Lunatic asylums Central Provinces reports 1886-1894 - 1886-1894
Year: 1886
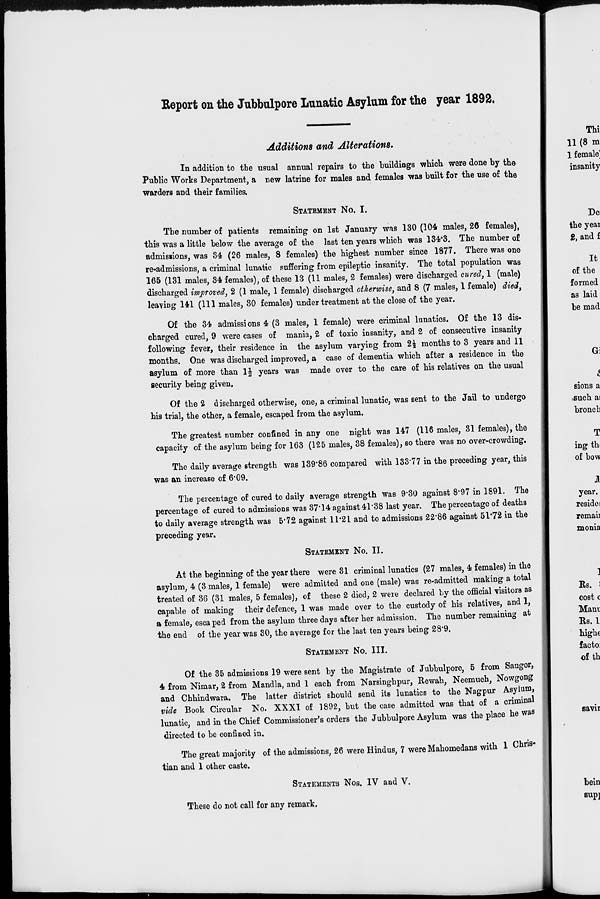
Report on the Jubbulpore Lunatic Asylum for the year 1892.
Additions and Alterations.
In addition to the usual annual repairs to the buildings which were done by the
Public Works Department, a few latrine for males and females was built for the use of the
warders and their families.
STATEMENT No. I.
The number of patients remaining of 1st January was 130 (104 males, 26 females),
this was a little below the average of the last ten years which was 134.3. The number of
admissions, was 34 (26 males, 8 females) the highest number since 1877. There was one
re-admissions, a criminal lunatic suffering from epileptic insanity. The total population was
165 (131 males, 34 females), of these 13 (11 males, 2 females) were discharged cured, 1 (male)
discharged improved, 2 (1 male, 1 female) discharged otherwise, and 8 (7 males, 1 female) died,
leaving 141 (111 males, 30 females) under treatment at the close of the year.
Of the 34 admissions 4 (3 males, 1 female) were criminal lunatics. Of the 13 dis-
charged cured, 9 were cases of mania, 2 of toxic insanity, and 2 of consecutive insanity
following fever, their residence in the asylum varying from 2½ months to 3 years and 11
months. One was discharged improved, a case of dementia which after a residence in the
asylum of more than 1½ years was made over to the care of his relatives on the usual
security being given.
Of the 2 discharged otherwise, one, a criminal lunatic, was sent to the Jail to undergo
his trial, the other, a female, escaped from the asylum.
The greatest number confined in any one night was 147 (116 males, 31 females), the
capacity of the asylum being for 163 (125 males, 38 females), so there was no over-crowding.
The daily average strength was 139.86 compared with 133.77 in the preceding year, this
was an increase of 6.09.
The percentage of cured to daily average strength was 9.30 against 8.97 in 1891. The
percentage of cured to admissions was 37.14 against 41.38 last year. The percentage of deaths
to daily average strength was 5.72 against 11.21 and to admissions 22.86 against 51.72 in the
preceding year.
STATEMENT No. II.
At the beginning of the year there were 31 criminal lunatics (27 males, 4 females) in the
asylum, 4 (3 males, 1 female) were admitted and one (male) was re-admitted making a total
treated of 36 (31 males, 5 females), of these 2 died, 2 were declared by the official visitors as
capable of making their defence, 1 was made over to the custody of his relatives, and 1,
a female, esca ped from the asylum three days after her admission. The number remaining at
the end of the year was 30, the average for the last ten years being 28.9.
STATEMENT No. III.
Of the 35 admissions 19 were sent by the Magistrate of Jubbulpore, 5 from Saugor,
4 from Nimar, 2 from Mandla, and 1 each from Narsinghpur, Rewah, Neemuch, Nowgong
and Chhindwara. The latter district should send its lunatics to the Nagpur Asylum,
vide Book Circular No. XXXI of 1892, but the case admitted was that of a criminal
lunatic, and in the Chief Commissioner's orders the Jubbulpore Asylum was the place he was
directed to be confined in.
The great majority of the admissions, 26 were Hindus, 7 were Mahomedans with 1 Chris-
tian and 1 other caste.
STATEMENTS NOS. IV and V.
These do not call for any remark.